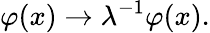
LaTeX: \varphi(x)\rightarrow\lambda^{-1}\varphi(x).